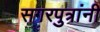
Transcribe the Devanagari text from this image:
सगरपुत्रांनी